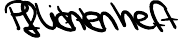
Pflichtenheft